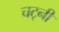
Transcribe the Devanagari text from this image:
चट्नी